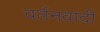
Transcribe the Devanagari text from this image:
वर्तनवादी